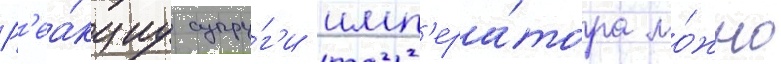
Р'еа́кциу супру́г'и имп'ера́тора мо́жно